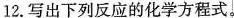
l2。写出下列反应的化学方程式。